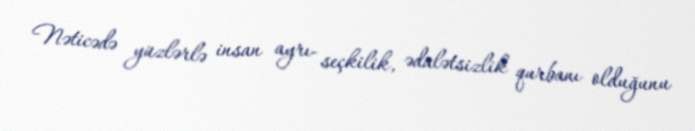
Nəticədə yüzlərlə insan ayrı- seçkilik, ədalətsizlik qurbanı olduğunu